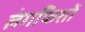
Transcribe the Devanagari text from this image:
लंगफिशों